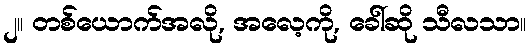
၂။ တစ်ယောက်အလို, အလေ့ကို, ခေါ်ဆို သီလသာ။